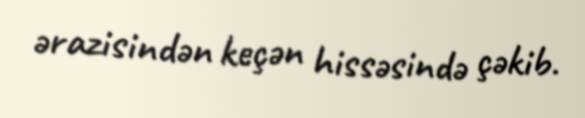
ərazisindən keçən hissəsində çəkib.